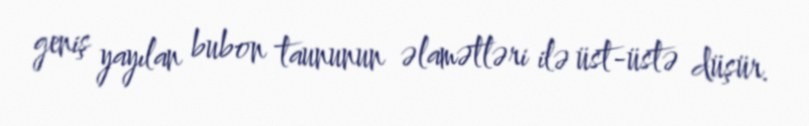
geniş yayılan bubon taununun əlamətləri ilə üst-üstə düşür.